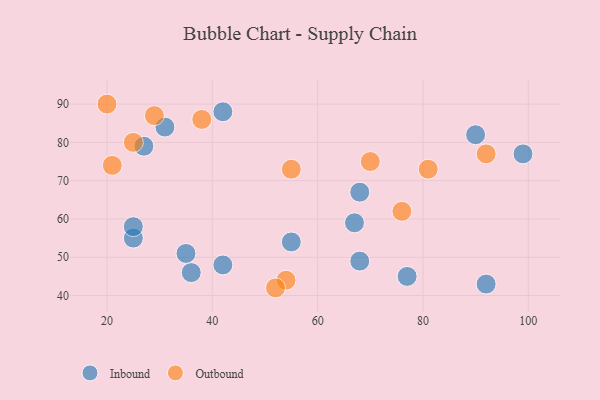
{"axis": {"x": "GDP", "y": "Life Expectancy"}, "legend": ["Inbound", "Outbound"], "data": [{"x": "68", "y": 67, "type": "Inbound"}, {"x": "36", "y": 46, "type": "Inbound"}, {"x": "27", "y": 79, "type": "Inbound"}, {"x": "77", "y": 45, "type": "Inbound"}, {"x": "55", "y": 54, "type": "Inbound"}, {"x": "90", "y": 82, "type": "Inbound"}, {"x": "25", "y": 55, "type": "Inbound"}, {"x": "25", "y": 58, "type": "Inbound"}, {"x": "92", "y": 43, "type": "Inbound"}, {"x": "42", "y": 48, "type": "Inbound"}, {"x": "68", "y": 49, "type": "Inbound"}, {"x": "42", "y": 88, "type": "Inbound"}, {"x": "99", "y": 77, "type": "Inbound"}, {"x": "35", "y": 51, "type": "Inbound"}, {"x": "31", "y": 84, "type": "Inbound"}, {"x": "67", "y": 59, "type": "Inbound"}, {"x": "92", "y": 77, "type": "Outbound"}, {"x": "20", "y": 90, "type": "Outbound"}, {"x": "38", "y": 86, "type": "Outbound"}, {"x": "54", "y": 44, "type": "Outbound"}, {"x": "21", "y": 74, "type": "Outbound"}, {"x": "29", "y": 87, "type": "Outbound"}, {"x": "81", "y": 73, "type": "Outbound"}, {"x": "52", "y": 42, "type": "Outbound"}, {"x": "76", "y": 62, "type": "Outbound"}, {"x": "55", "y": 73, "type": "Outbound"}, {"x": "70", "y": 75, "type": "Outbound"}, {"x": "25", "y": 80, "type": "Outbound"}]}